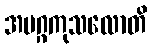
အမဂ္ဂကုသလောတိ